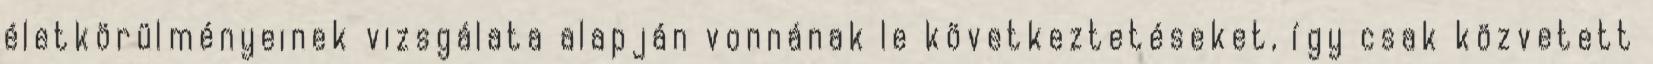
életkörülményeinek vizsgálata alapján vonnának le következtetéseket, így csak közvetett